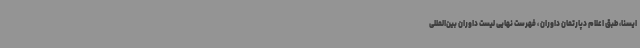
ایسنا، طبق اعلام دپارتمان داوران ، فهرست نهایی لیست داوران بین‌المللی